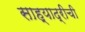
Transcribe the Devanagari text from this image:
साह्याद्रीची